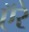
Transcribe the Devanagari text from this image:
ऍरे